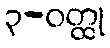
၃-ဝတ္ထု